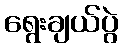
ရွေးချယ်ပွဲ